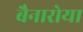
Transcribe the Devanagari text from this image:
बैनारोया